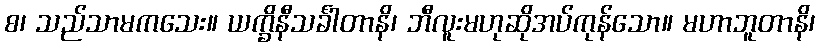
စ၊ သည်သာမကသေး။ ယက္ခိနီသင်္ခါတာနိ၊ ဘီလူးမဟုဆိုအပ်ကုန်သော။ မဟာဘူတာနိ၊